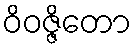
ဝိဝဇ္ဇိတော